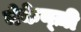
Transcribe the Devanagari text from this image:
मेकेन्ज़ी